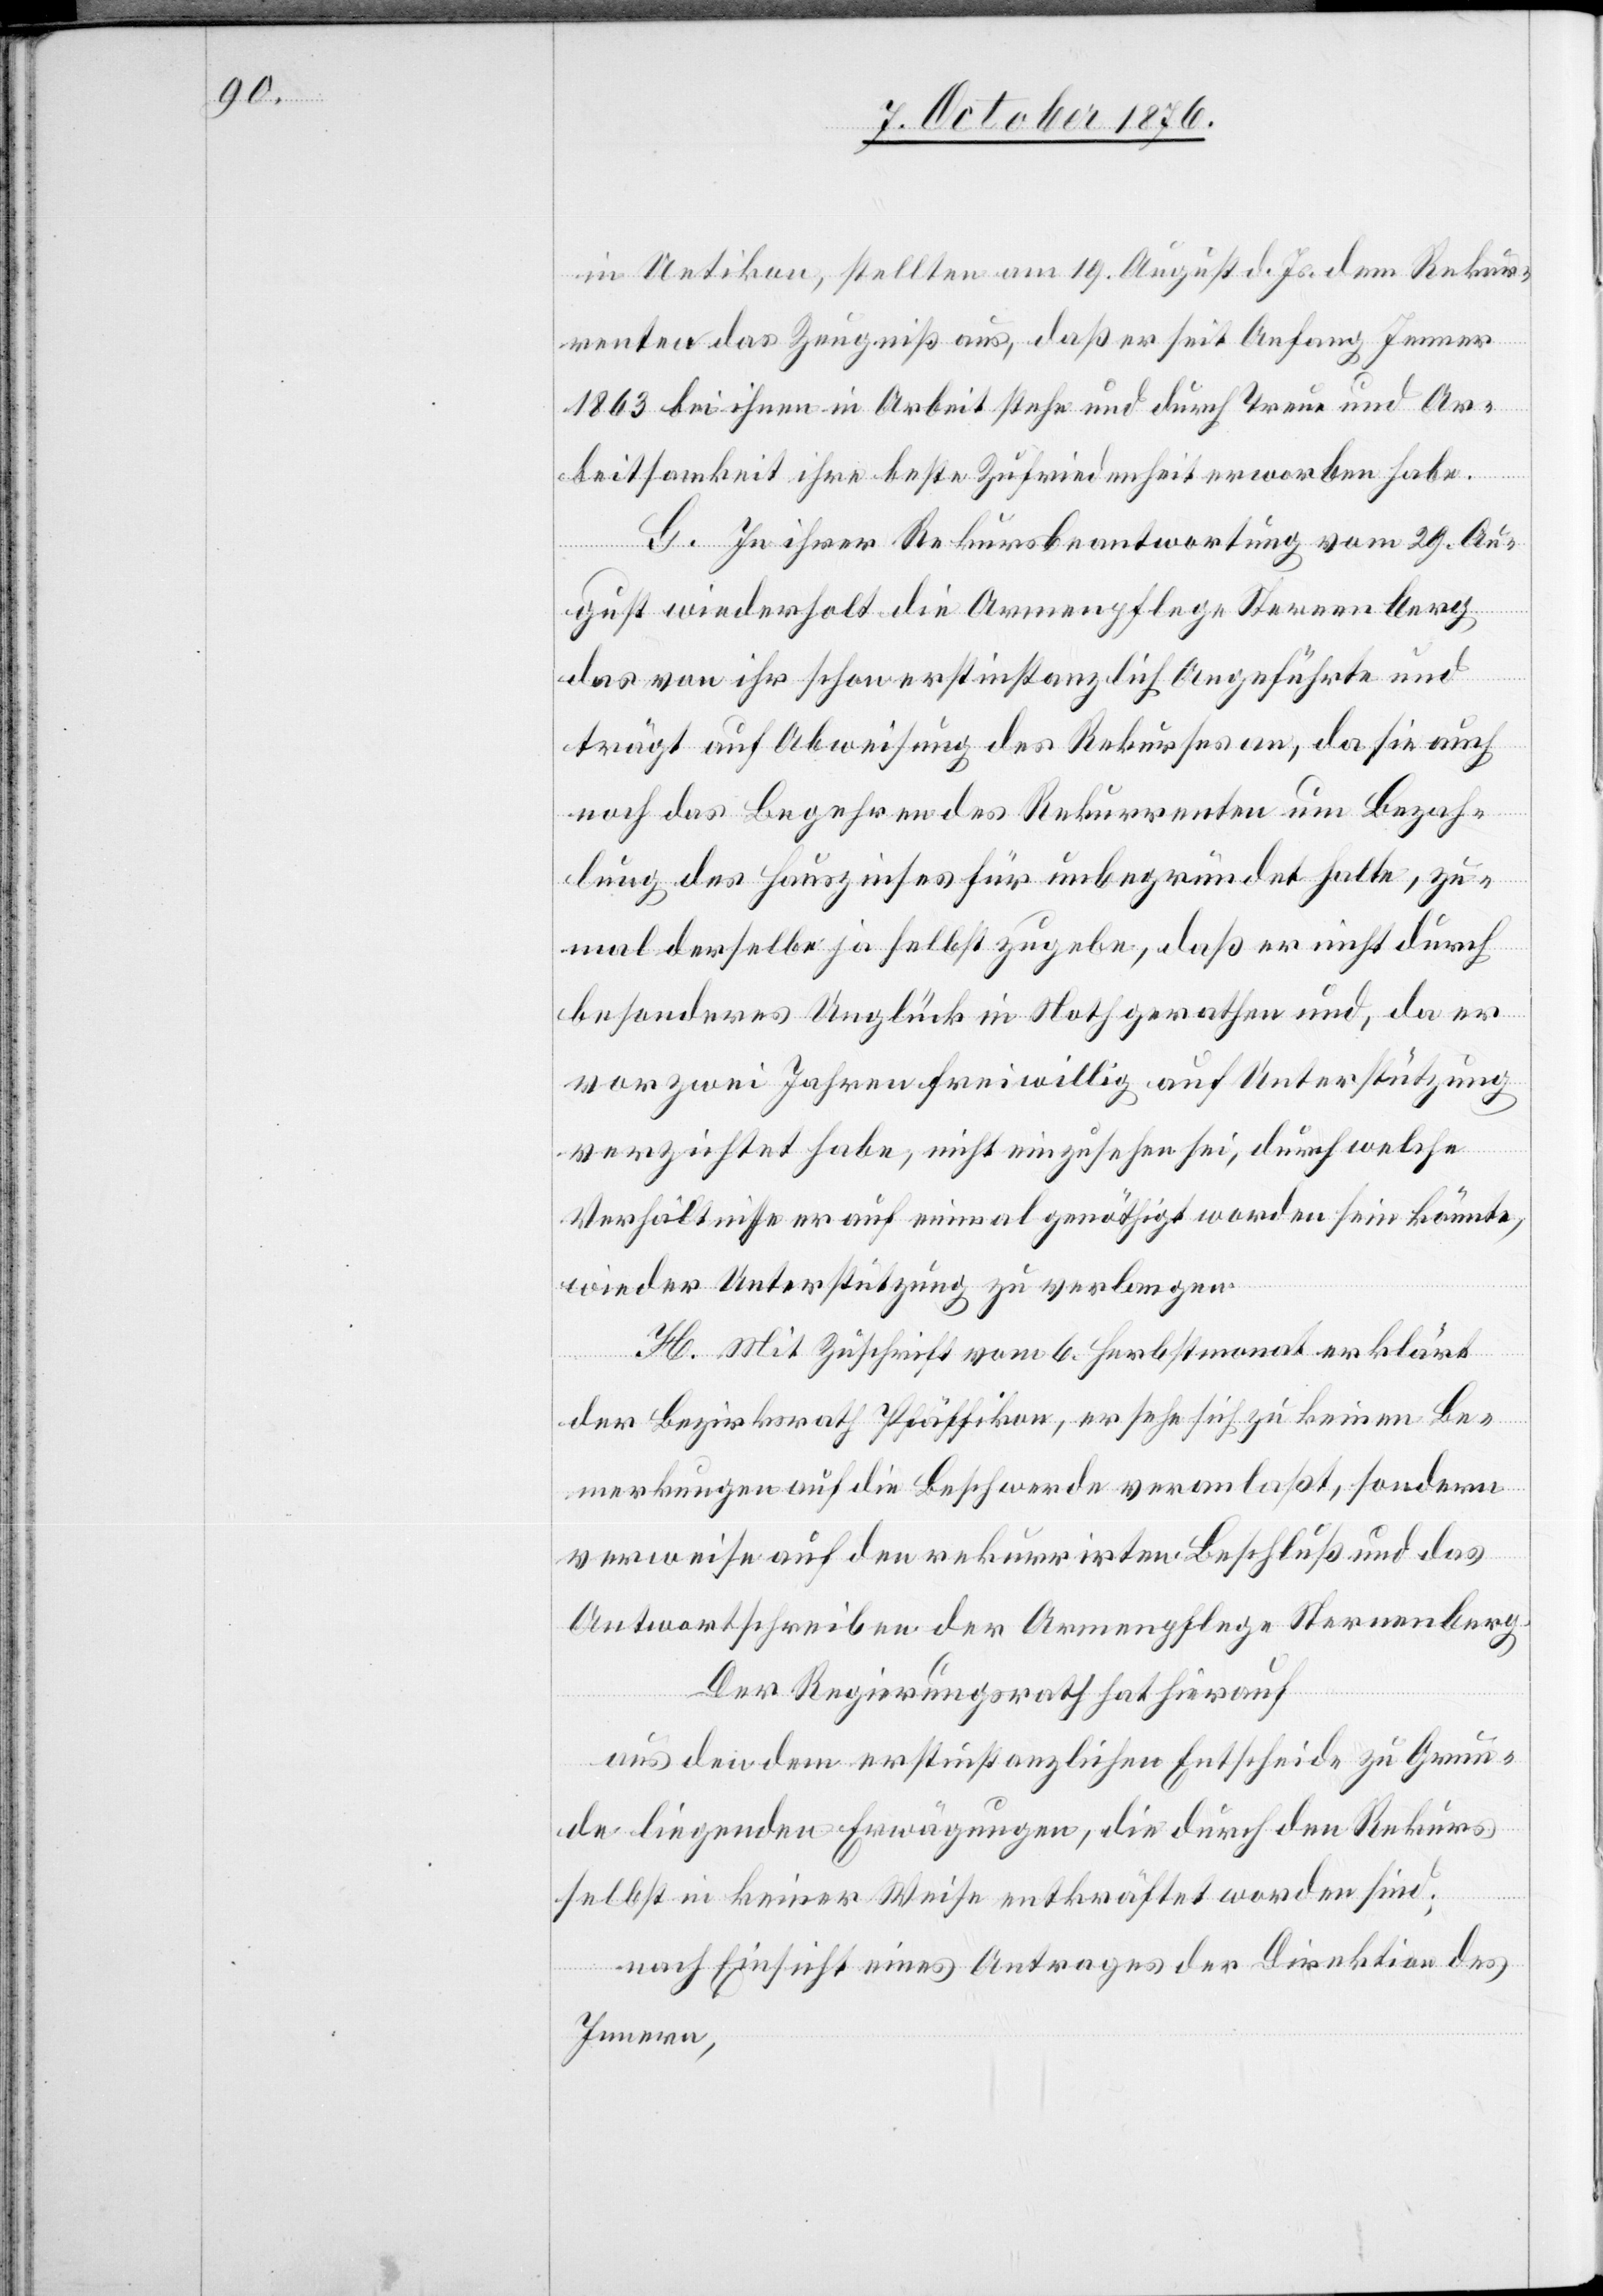
in Uetikon, stellten am 19. August d. Js. dem Rekur¬
renten das Zeugniß aus, daß er seit Anfang Jenner
1863 bei ihnen in Arbeit stehe und durch Treue und Ar¬
beitsamkeit ihre beste Zufriedenheit erworben habe.
G. In ihrer Rekursbeantwortung vom 29 Au¬
gust wiederholt die Armenpflege Sternenberg
das von ihr schon erstinstanzlich Angeführte und
trägt auf Abweisung des Rekurses an, da sie auch
noch das Begehren des Rekurrenten um Bezah¬
lung des Hauszinses für unbegründet halte, zu¬
mal derselbe ja selbst zugebe, daß er nicht durch
besonderes Unglück in Noth gerathen und, da er
vor zwei Jahren freiwillig auf Unterstützung
verzichtet habe, nicht einzusehen sei, durch welche
Verhältnisse er auf einmal genöthigt worden sein könnte,
wieder Unterstützung zu verlangen.
H: Mit Zuschrift vom 6. Herbstmonat erklärt
der Bezirksrath Pfäffikon, er sehe sich zu keinen Be¬
merkungen auf die Beschwerde veranlaßt, sondern
verweise auf den rekurrirten Beschluß und das
Antwortschreiben der Armenpflege Sternenberg.
der Regierungsrath hat hierauf
aus den dem erstinstanzlichen Entscheide zu Grun¬
de liegenden Erwägungen, die durch den Rekurs
selbst in keiner Weise entkräftet worden sind,
nach Einsicht eines Antrages der Direktion des
Innern,